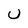
Character: U